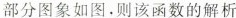
部分图象如图。则该函数的解析